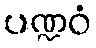
ပဏ္ဍဝံ